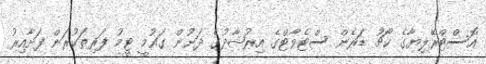
އޮސްޓްރޭލިޔާގެ ކޯޗު ޑަރެން ސްޓެވާޓްގެ އިރުޝާދުގެ ދަށުން ގައުމީ ޓީމު ފަރިތަކުރަން ފަށާއިރު